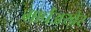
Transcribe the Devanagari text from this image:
मार्चअखेर